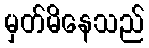
မှတ်မိနေသည်